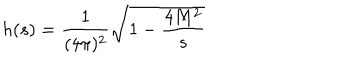
h ( s ) = \frac 1 { ( 4 \pi ) ^ { 2 } } \sqrt { 1 - \frac { 4 M ^ { 2 } } s }